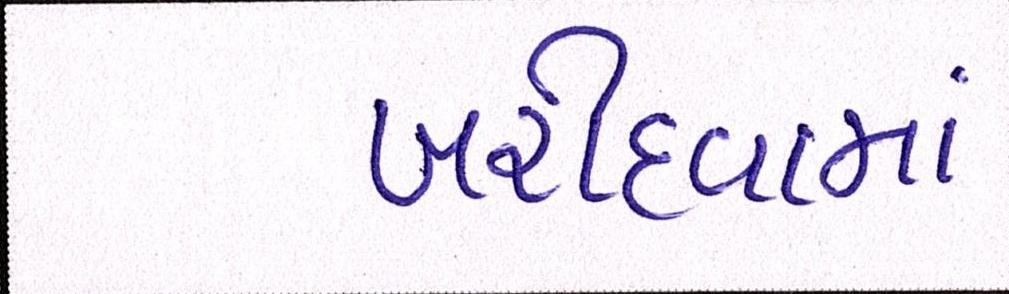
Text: ખરીદવામાં